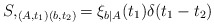
\begin{align*}S,_{(A,t_1)(b,t_2)} = \xi_{b|A}(t_1) \delta(t_1 - t_2)\end{align*}